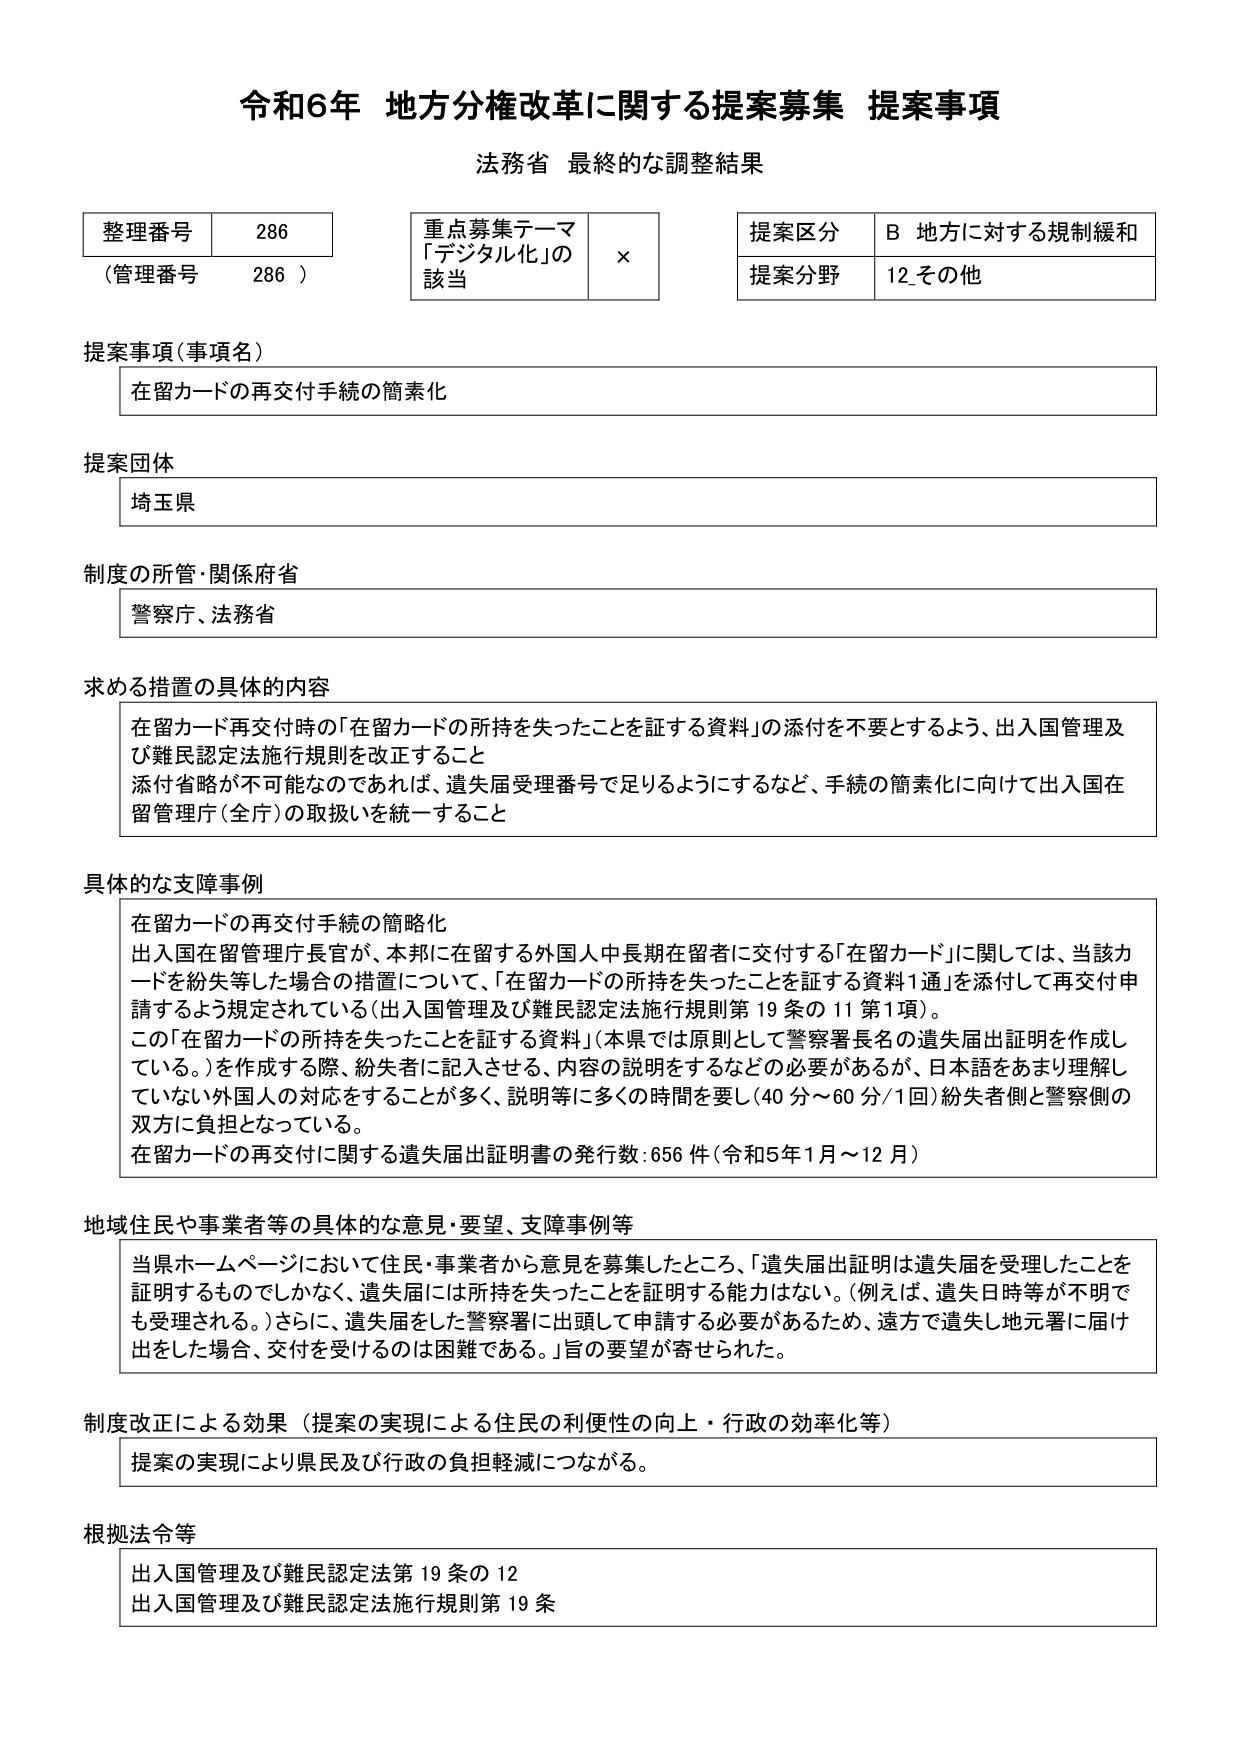
令和6年 地方分権改革に関する提案募集 提案事項
法務省 最終的な調整結果

整理番号 286
（管理番号 286）

重点募集テーマ
「デジタル化」の
該当 ×

提案区分 B 地方に対する規制緩和
提案分野 12.その他

提案事項（事項名）
在留カードの再交付手続の簡素化

提案団体
埼玉県

制度の所管・関係府省
警察庁、法務省

求める措置の具体的内容
在留カード再交付時の「在留カードの所持を失ったことを証する資料」の添付を不要とするよう、出入国管理及び難民認定法施行規則を改正すること
添付省略が不可能なのであれば、遺失届受理番号で足りるようにするなど、手続の簡素化に向けて出入国在留管理庁（全庁）の取扱いを統一すること

具体的な支障事例
在留カードの再交付手続の簡略化
出入国在留管理庁長官が、本邦に在留する外国人中長期在留者に交付する「在留カード」に関しては、当該カードを紛失等した場合の措置について、「在留カードの所持を失ったことを証する資料1通」を添付して再交付申請するよう規定されている（出入国管理及び難民認定法施行規則第19条の11第1項）。
この「在留カードの所持を失ったことを証する資料」（本県では原則として警察署長名の遺失届出証明を作成している。）を作成する際、紛失者に記入させる、内容の説明をするなどの必要があるが、日本語をあまり理解していない外国人の対応をすることが多く、説明等に多くの時間を要し（40分～60分/1回）紛失者側と警察側の双方に負担となっている。
在留カードの再交付に関する遺失届出証明書の発行数：656件（令和5年1月～12月）

地域住民や事業者等の具体的な意見・要望、支障事例等
当県ホームページにおいて住民・事業者から意見を募集したところ、「遺失届出証明は遺失届を受理したことを証明するものでしかなく、遺失届には所持を失ったことを証明する能力はない。（例えば、遺失日時等が不明でも受理される。）さらに、遺失届をした警察署に出頭して申請する必要があるため、遠方で遺失し地元署に届け出をした場合、交付を受けるのは困難である。」旨の要望が寄せられた。

制度改正による効果（提案の実現による住民の利便性の向上・行政の効率化等）
提案の実現により県民及び行政の負担軽減につながる。

根拠法令等
出入国管理及び難民認定法第19条の12
出入国管理及び難民認定法施行規則第19条